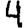
Digit: 4